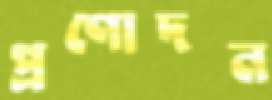
প্রণোদন